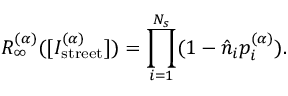
R _ { \infty } ^ { ( \alpha ) } ( [ I _ { \mathrm { s t r e e t } } ^ { ( \alpha ) } ] ) = \prod _ { i = 1 } ^ { N _ { s } } ( 1 - \hat { n } _ { i } p _ { i } ^ { ( \alpha ) } ) .